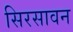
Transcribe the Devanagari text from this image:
सिरसावन